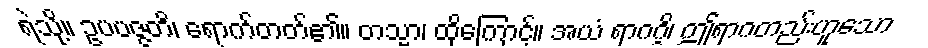
ရဲသို့။ ဥပပဇ္ဇတိ၊ ရောက်တတ်၏။ တသ္မာ၊ ထိုကြောင့်။ အယံ ရာဂဂ္ဂိ၊ ဤရာဂတည်းဟူသော